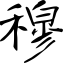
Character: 穆